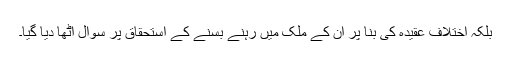
بلکہ اختلاف عقیدہ کی بنا پر ان کے ملک میں رہنے بسنے کے استحقاق پر سوال اٹھا دیا گیا۔